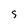
Character: S